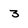
Character: 3